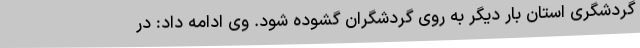
گردشگری استان بار دیگر به روی گردشگران گشوده شود. وی ادامه داد: در